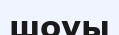
шоуы